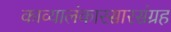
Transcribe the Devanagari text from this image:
काव्यालंकारसारसंग्रह